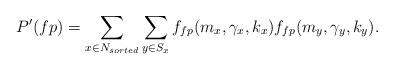
LaTeX: \begin{align*}P'(fp)=\sum_{x \in N_{sorted}} \sum_{y \in S_x} f_{fp}(m_{x},\gamma_{x},k_{x})f_{fp}(m_{y},\gamma_{y},k_{y}).\end{align*}